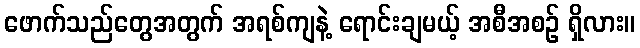
ဖောက်သည်တွေအတွက် အရစ်ကျနဲ့ ရောင်းချမယ့် အစီအစဉ် ရှိလား။